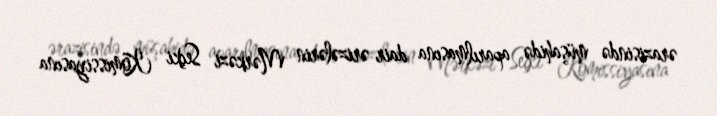
ərazisində müşahidə aparılmasına dair ərizələrin Mərkəzi Seçki Komissiyasına